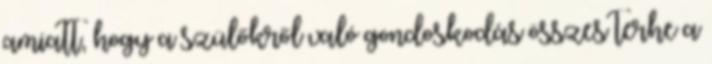
amiatt, hogy a szülőkről való gondoskodás összes terhe a